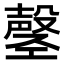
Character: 𫶲